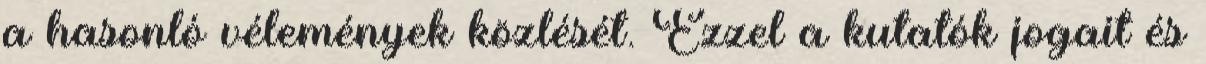
a hasonló vélemények közlését. Ezzel a kutatók jogait és